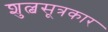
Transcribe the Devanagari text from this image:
शुल्बसूत्रकार